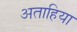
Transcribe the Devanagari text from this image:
अताहिया